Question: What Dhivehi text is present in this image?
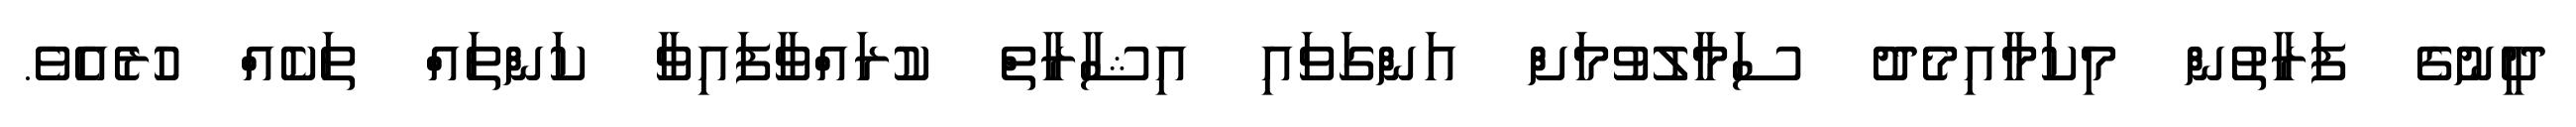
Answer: ދީނުގެ ފަރާތުން މިކަމާއިމެދު ސަމާލުވުމަށް އަންގަވައި އިޝާރާތް ކުރައްވާފައިވާ ކަންތައް ތަކެއް ހުރެއެވެ.